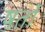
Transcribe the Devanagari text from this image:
षर्तो